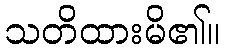
သတိထားမိ၏။